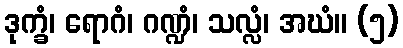
ဒုက္ခံ၊ ရောဂံ၊ ဂဏ္ဍံ၊ သလ္လံ၊ အဃံ။ (၅)